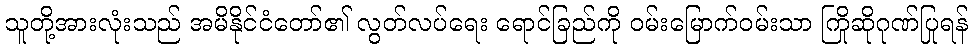
သူတို့အားလုံးသည် အမိနိုင်ငံတော်၏ လွတ်လပ်ရေး ရောင်ခြည်ကို ဝမ်းမြောက်ဝမ်းသာ ကြိုဆိုဂုဏ်ပြုရန်